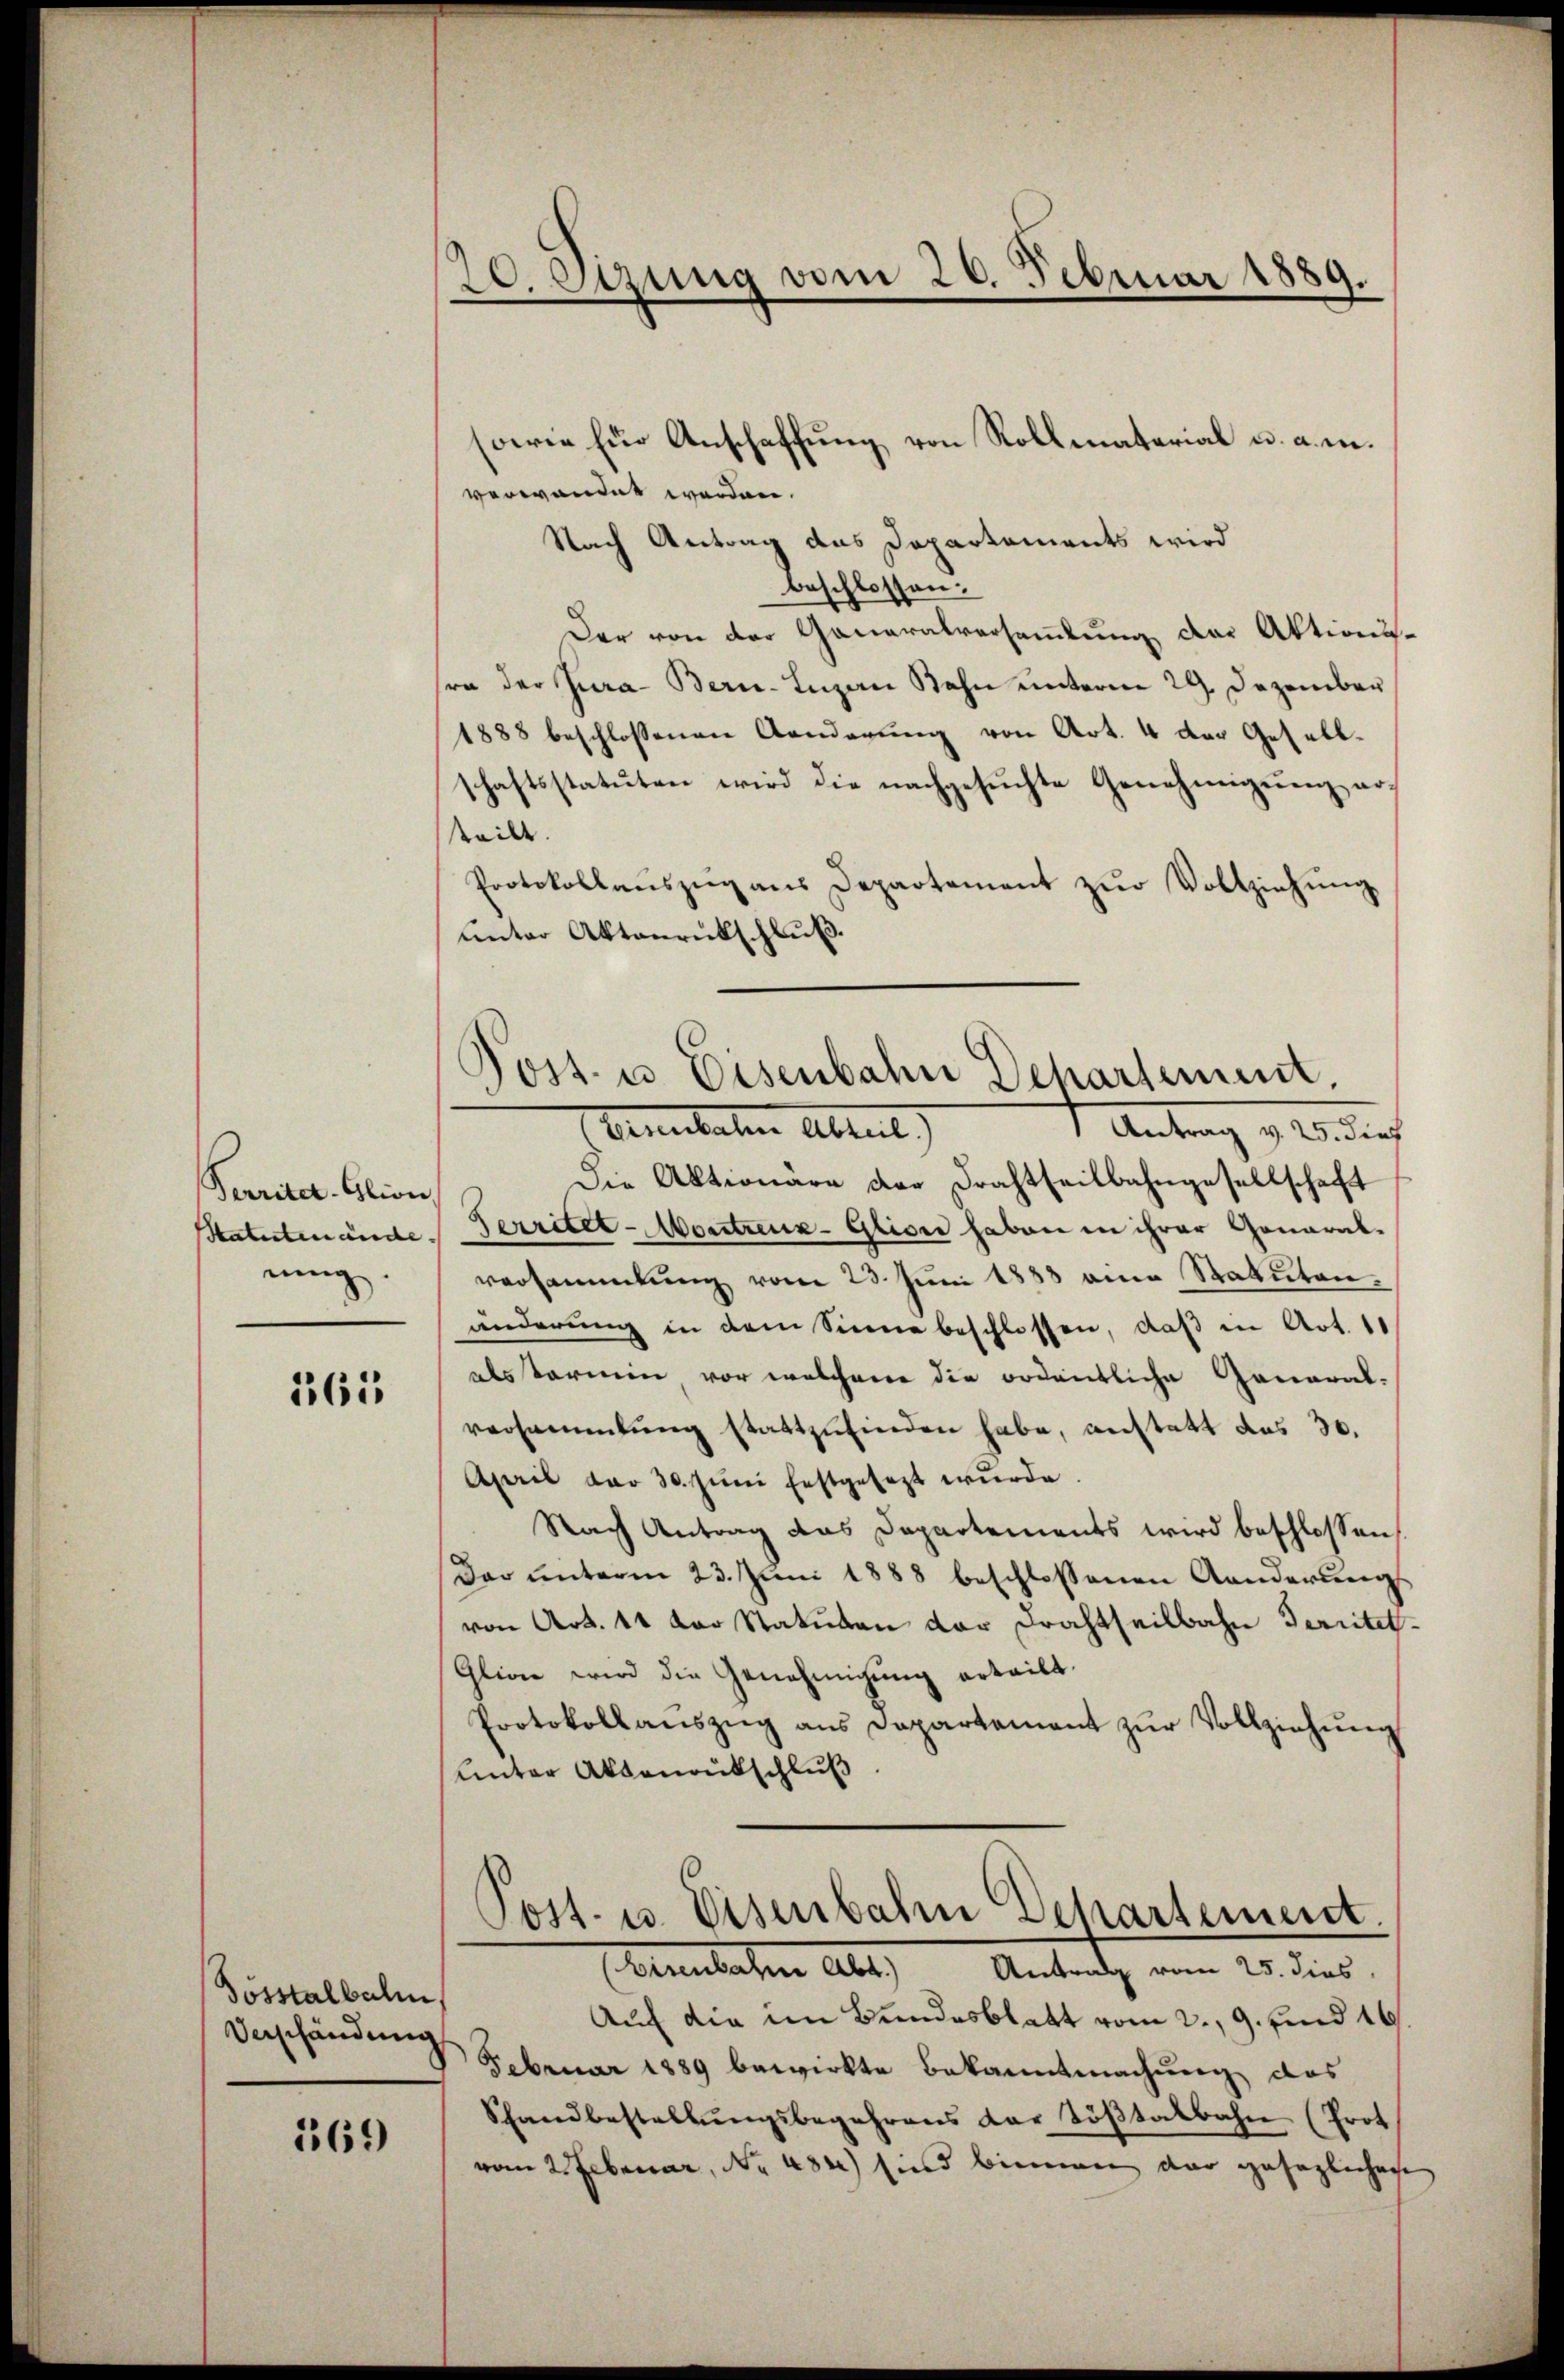
Perriter. Glion
nung.

365

Sosstalbahn,
Verschändung

169

20. Sitzung vom 26. Februar 1889.

sowie für Anschaffung von Rollmaterial u. a. m.
verwandet werden.
Nach Antrag das Departements wird
beschlossen:
Der von der Generalversammlung der Aktionsra der Jura Bern-Inzan Bahn unterm 29. Dezember
1888 beschlossenen Aenderŭng von Art. 4 der Gesell-
schaftsstatuten wird die nachgesuchte Genehmigung arteilt.
Protokollaŭszŭg ans Departement zŭr Vollziehŭng
unter Aktenrückschluß.
Cementaten Abteil)
f Antrag, z. B. dies
Die Aktionäre der Drahtheilbahngesellschaft
Statutenände Territet - Montreux-Glion haben in ihrer General-
versammlung vom 23. Juni 1883 eine Statutenänderung in dem Sinne beschlossen, daß in Art. 11
alstermin vor welchere die ordentliche General-
versammlung stattzŭfinden habe, anstatt das 30.
April dar 30. Jŭni festgesezt wŭrde.
Nach Antrag das Departements wird beschlossen,
Dar ŭnterm 23. Jŭni 1888 beschlossenen Anderŭng
von Art. 44 der Statuten der Frachtheilbahn Territet
Glion wird die Genehmigŭng erteilt.
Protokollaŭszŭg ans Departement zŭr Vollziehŭng
Unter Aktenantschluß
Post. u. Eisenbahre Departement.
Cementlichen Abt. Antrag vom 24. dies
Auf die im Bundesblatt vom 2., 9. und 16
Februar 1889 bewirkte Bekanntmachung das
Schandbestellŭngsbegehrens der Töβtalbahn (Prot
vom 2. Februar, No 484) sind binnen dar gesezlichen

Post- u. Eisenbahn Departement.

e